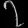
Digit: ၇